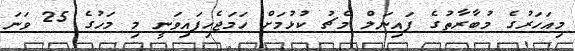
މިއަހަރުގެ މުބާރާތުގެ ފައިނަލް މެޗު ކުޅުމަށް ހަމަޖެހިފައިވަނީ މި މަހުގެ 25 ވަނަ